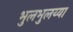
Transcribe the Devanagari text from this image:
भुलभुलय्या